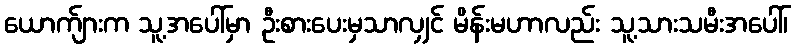
ယောက်ျားက သူ့အပေါ်မှာ ဦးစားပေးမှသာလျှင် မိန်းမဟာလည်း သူ့သားသမီးအပေါ်၊